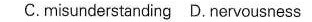
C.misunderstanding D. Nervousness